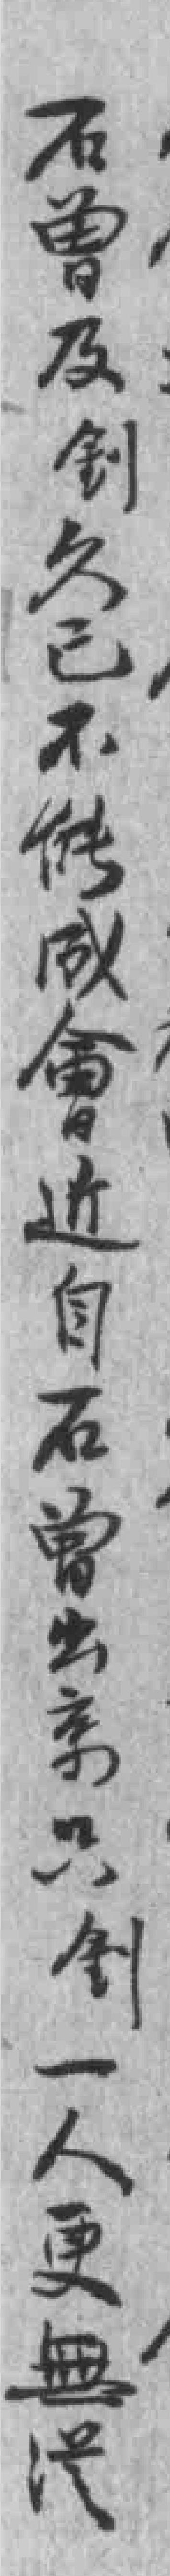
石曾及釗久已不能成會近自石曾出京只釗一人更無*